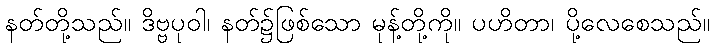
နတ်တို့သည်။ ဒိဗ္ဗပုဝါ၊ နတ်၌ဖြစ်သော မုန့်တို့ကို။ ပဟိတာ၊ ပို့လေစေသည်။